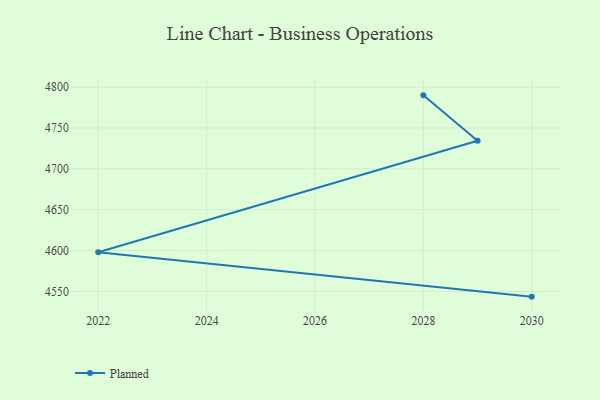
{"axis": {"x": "Year", "y": "Inventory Turnover"}, "legend": ["Planned"], "data": [{"x": "2028", "y": 4789.9, "type": "Planned"}, {"x": "2029", "y": 4734.3, "type": "Planned"}, {"x": "2022", "y": 4598.0, "type": "Planned"}, {"x": "2030", "y": 4543.6, "type": "Planned"}]}